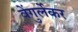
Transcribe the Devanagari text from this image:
वेंगुर्लेकर